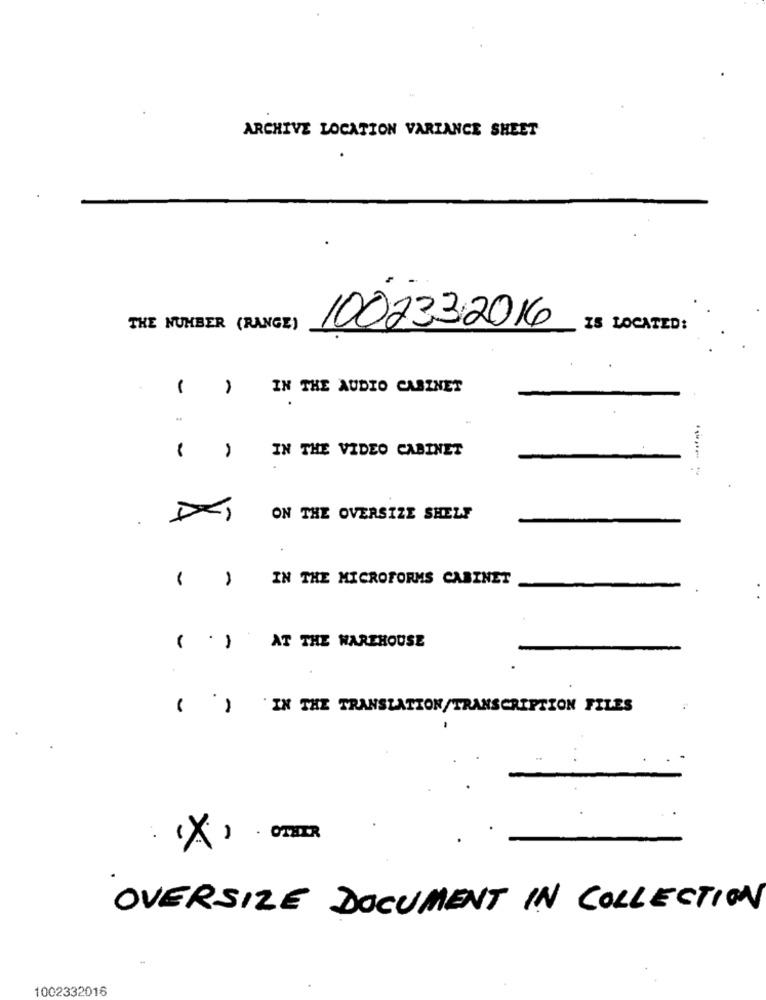
ARCHIVE LOCATION VARIANCE SHEET
THE NUMBER (RANGE)
100233;2016
IS LOCATED:
( )
IN THE AUDIO CASZNET
IN THE VIDEO CABINET
.
ON THE OVERSIZE SHELF
IN THE MICROFORMS CABINET
( .)
AT THE WAREHOUSE
( )
`IN THE TRANSLATION/TRANSCRIPTION FILES
OVERSIZE DOCUMENT IN COLLECTION
1002332016